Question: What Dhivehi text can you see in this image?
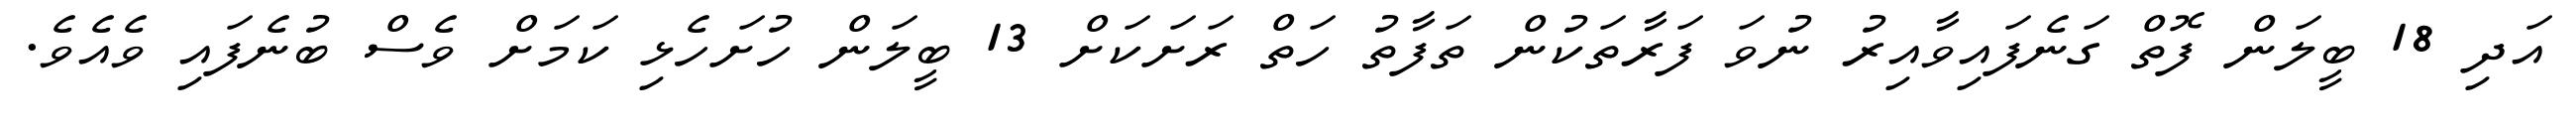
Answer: އަދި 18 ބީލަން ފޮތް ގަނެފައިވާއިރު ނުވަ ފަރާތަކުން ތަފާތު ހަތް ރަށަކަށް 13 ބީލަން ހުށަހެޅި ކަމަށް ވެސް ބުނެފައި ވެއެވެ.